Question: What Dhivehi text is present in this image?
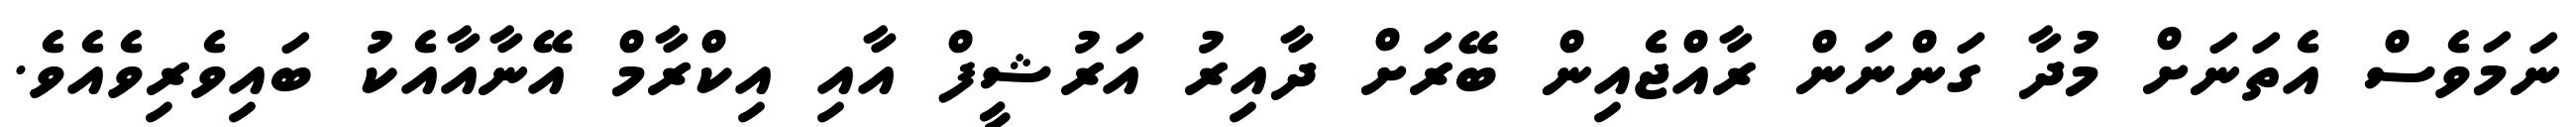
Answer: ނަމަވެސް އެތަނަށް މުދާ ގަންނަން ރާއްޖެއިން ބޭރަށް ދާއިރު އަރުޝީފް އާއި އިކްރާމް އޭނާއާއެކު ބައިވެރިވެއެވެ.